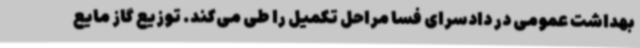
بهداشت عمومی در دادسرای فسا مراحل تکمیل را طی می‌کند. توزیع گاز مایع